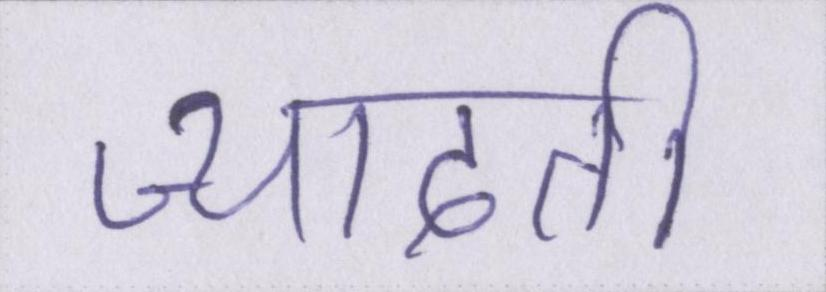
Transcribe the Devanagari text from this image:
ज्यादती